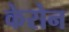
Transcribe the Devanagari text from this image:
केरोन